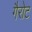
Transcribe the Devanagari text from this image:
गैरोट